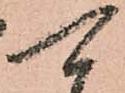
可